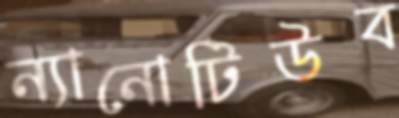
ন্যানোটিউব